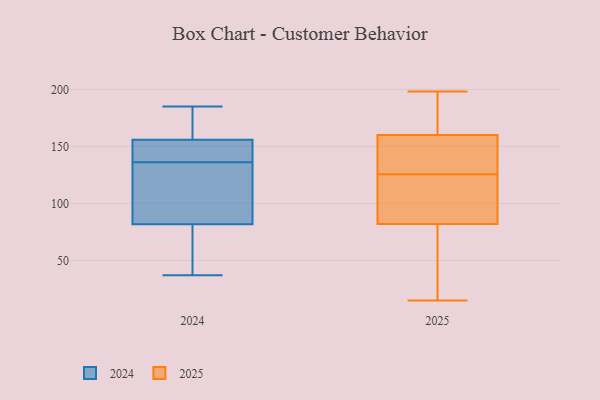
{"axis": {"x": "Page Views", "y": "Value"}, "legend": ["2024", "2025"], "data": [{"x": "", "y": 140, "type": "2025"}, {"x": "", "y": 160, "type": "2025"}, {"x": "", "y": 44, "type": "2025"}, {"x": "", "y": 160, "type": "2025"}, {"x": "", "y": 124, "type": "2025"}, {"x": "", "y": 116, "type": "2025"}, {"x": "", "y": 15, "type": "2025"}, {"x": "", "y": 127, "type": "2025"}, {"x": "", "y": 120, "type": "2025"}, {"x": "", "y": 198, "type": "2025"}, {"x": "", "y": 174, "type": "2025"}, {"x": "", "y": 119, "type": "2025"}, {"x": "", "y": 48, "type": "2025"}, {"x": "", "y": 179, "type": "2025"}, {"x": "", "y": 156, "type": "2025"}, {"x": "", "y": 46, "type": "2025"}, {"x": "", "y": 87, "type": "2024"}, {"x": "", "y": 137, "type": "2024"}, {"x": "", "y": 181, "type": "2024"}, {"x": "", "y": 66, "type": "2024"}, {"x": "", "y": 37, "type": "2024"}, {"x": "", "y": 148, "type": "2024"}, {"x": "", "y": 38, "type": "2024"}, {"x": "", "y": 122, "type": "2024"}, {"x": "", "y": 134, "type": "2024"}, {"x": "", "y": 185, "type": "2024"}, {"x": "", "y": 88, "type": "2024"}, {"x": "", "y": 61, "type": "2024"}, {"x": "", "y": 167, "type": "2024"}, {"x": "", "y": 147, "type": "2024"}, {"x": "", "y": 167, "type": "2024"}, {"x": "", "y": 152, "type": "2024"}, {"x": "", "y": 136, "type": "2024"}]}